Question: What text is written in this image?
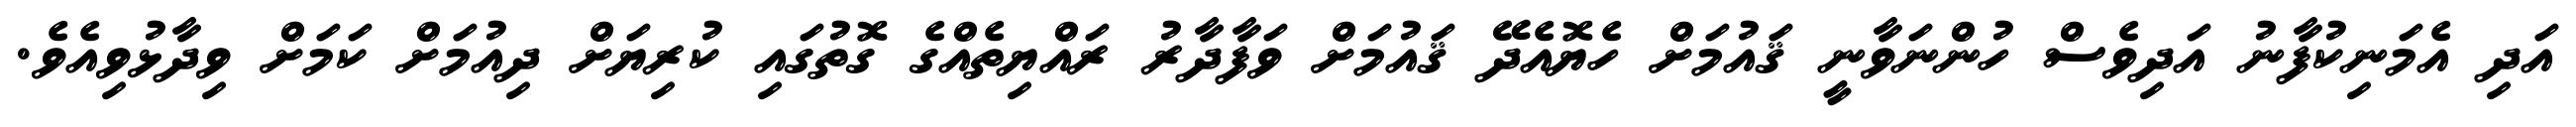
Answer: އަދި އެމަނިކުފާނު އަދިވެސް ހުންނަވާނީ ޤައުމަށް ހެޔޮއެދޭ ޤައުމަށް ވަފާދާރު ރައްޔިތެއްގެ ގޮތުގައި ކުރިޔަށް ދިއުމަށް ކަމަށް ވިދާޅުވިއެވެ.